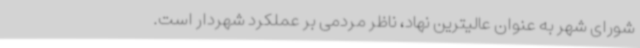
شورای شهر به عنوان عالیترین نهاد، ناظر مردمی بر عملکرد شهردار است.